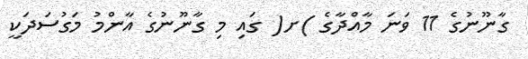
ގާނޫނުގެ 11 ވަނަ މާއްދާގެ )ށ( ގައި މި ގާނޫނުގެ އާންމު މަގުސަދަކީ